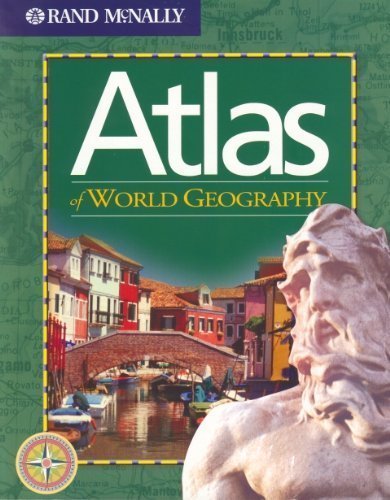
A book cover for Atlas of World Geography; Reference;